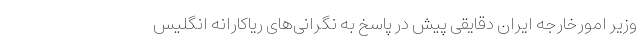
وزیر امورخارجه ایران دقایقی پیش در پاسخ به نگرانی‌های ریاکارانه انگلیس